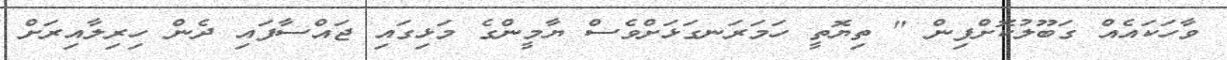
ވާހަކައެއް ގަބޫލުކޮށްފިން " ތިޔޮތީ ހަމަރަނގަޅަށްވެސް ޔާމީންގެ މަޅިގައި ޖައްސާފައި ދެން ހިރިލާއިރަށް